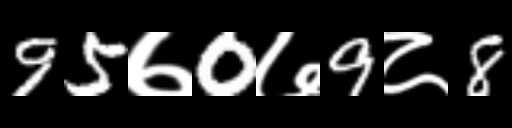
Text: 95७0७9८8